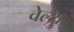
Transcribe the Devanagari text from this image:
वेल्‍थ